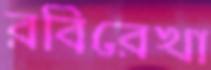
রবিরেখা